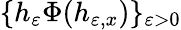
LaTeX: \{ h_{\varepsilon}\Phi(h_{\varepsilon,x})\} _{\varepsilon>0}